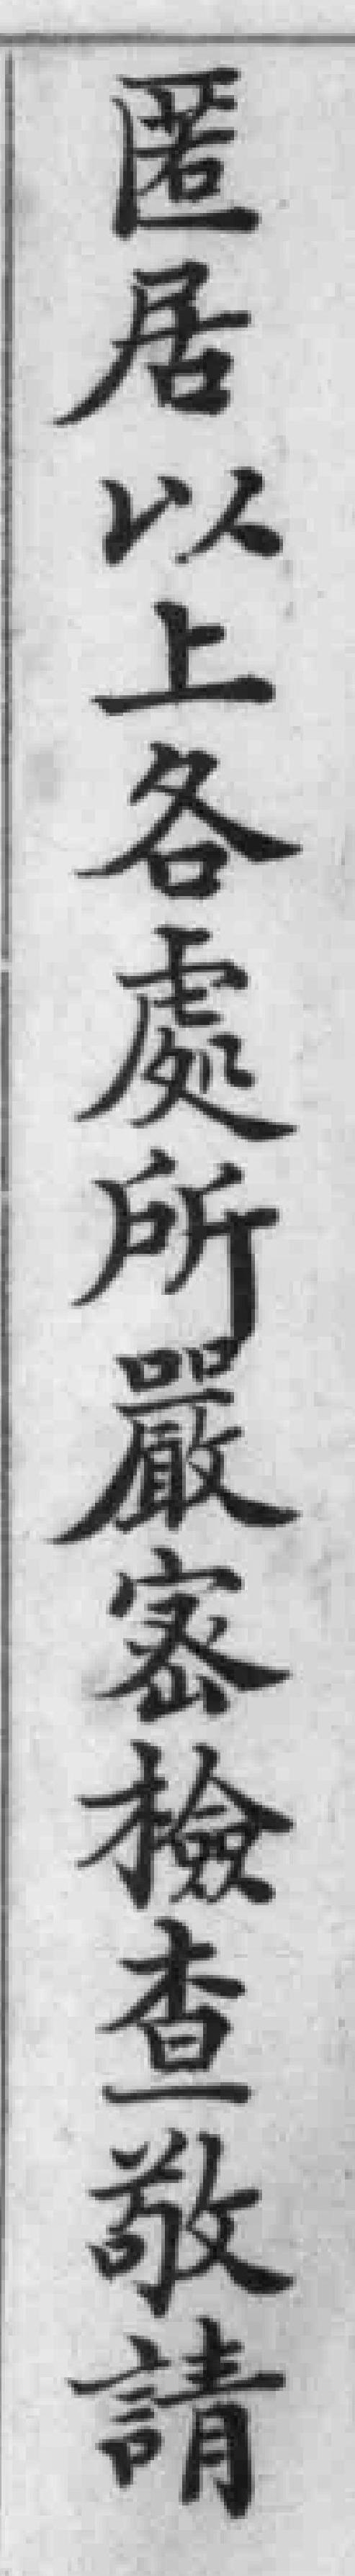
匿居以上各處所嚴密檢查敬請